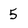
Character: 5